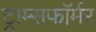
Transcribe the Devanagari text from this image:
ट्राम्सफॉर्मर